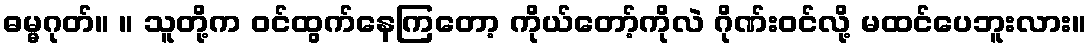
ဓမ္မဂုတ်။ ။ သူတို့က ဝင်ထွက်နေကြတော့ ကိုယ်တော့်ကိုလဲ ဂိုဏ်းဝင်လို့ မထင်ပေဘူးလား။